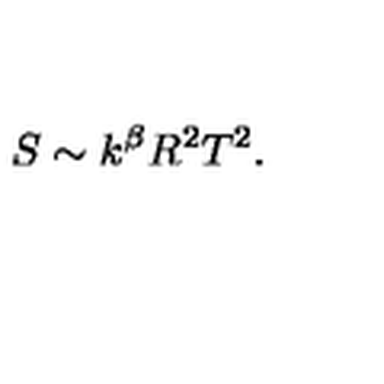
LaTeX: S \sim k ^ { \beta } R ^ { 2 } T ^ { 2 } .